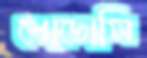
পোডোসি